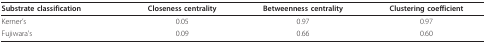
| Substrate classification | Closeness centrality | Betweenness centrality | Clustering coefficient |
 | --- | --- | --- | --- |
 | Kerner's | 0.05 | 0.97 | 0.97 |
 | Fujiwara's | 0.09 | 0.66 | 0.60 |